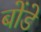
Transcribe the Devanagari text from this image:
बोंडे